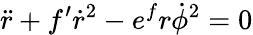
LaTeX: \ddot{r}+f^{\prime}\dot{r}^{2}-e^{f}r\dot{\phi}^{2}=0